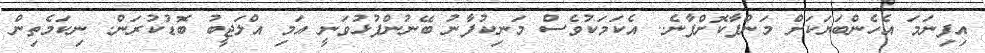
އިފިނަމަ އެހެންބަޔަކަށް މަންފާކޮށްފާނެ.. އެކަމަކުވެސް މަނިކުފާނު ބޭނުންފުޅުވަނީ އަމި އްލަޖީބު ބޮޑުކުރަން. ނިކަމެތިން